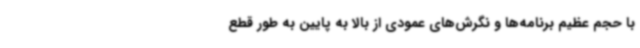
با حجم عظیم برنامه‌ها و نگرش‌های عمودی از بالا به پایین به طور قطع